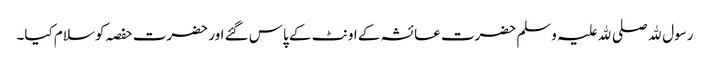
رسول ﷲ صلی ﷲ علیہ وسلم حضرت عائشہ کے اونٹ کے پاس گئے اور حضرت حفصہ کو سلام کیا۔